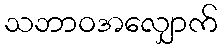
သဘာဝအလျှောက်